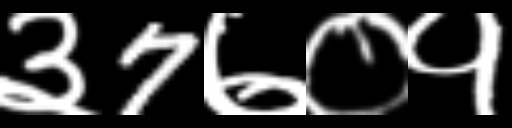
Text: ३7७०१